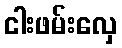
ငါးဖမ်းလှေ